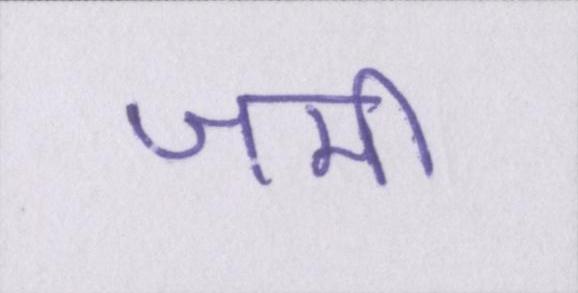
जमी